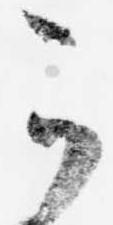
可